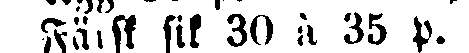
Färsk sik 30 à 35 p.